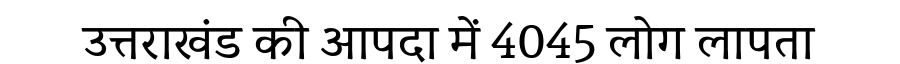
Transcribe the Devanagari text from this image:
उत्तराखंड की आपदा में 4045 लोग लापता